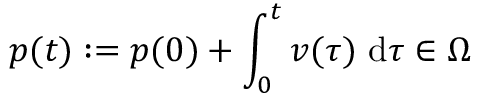
p ( t ) : = p ( 0 ) + \int _ { 0 } ^ { t } v ( \tau ) \ \mathrm { d } \tau \in \Omega